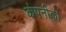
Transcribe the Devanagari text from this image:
कंपनीकी